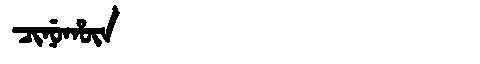
Manchu: ᠴᡳᠨᡠᡥᡡᠨ
Romanization: CINUHŪN